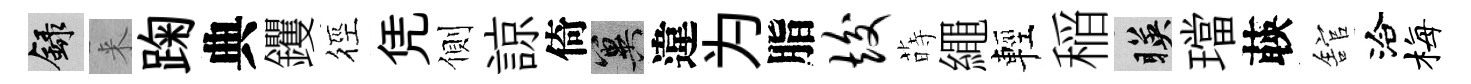
録来踘典钁徑凭側諒倚冀違为脂竣蒔繩輕稲暎璫𦴤舘洽梅